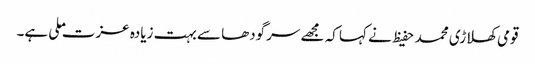
قومی کھلاڑی محمد حفیظ نے کہا کہ مجھے سرگودھا سے بہت زیادہ عزت ملی ہے۔